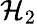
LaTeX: {\cal{H}}_{2}